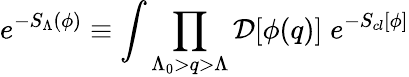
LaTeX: e^{-S_{\Lambda}(\phi)}\equiv\int\prod_{\Lambda_{0}>q>\Lambda}{\cal D}[\phi({q})]\; e^{-S_{cl}[\phi]}